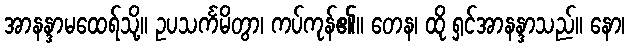
အာနန္ဒာမထေရ်သို့။ ဥပသင်္ကမိတွာ၊ ကပ်ကုန်၏။ တေန၊ ထို ရှင်အာနန္ဒာသည်။ နော၊